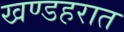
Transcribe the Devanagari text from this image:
खण्डहरात